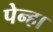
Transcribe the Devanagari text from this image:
पेन्हा